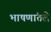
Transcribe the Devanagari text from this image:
भाषणांतले